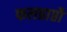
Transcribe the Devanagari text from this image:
फलप्राप्तौ